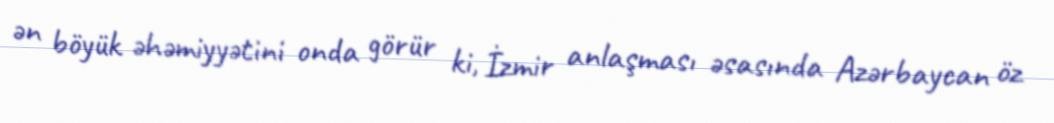
ən böyük əhəmiyyətini onda görür ki, İzmir anlaşması əsasında Azərbaycan öz